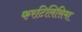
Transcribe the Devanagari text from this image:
फरटिलिसिमा